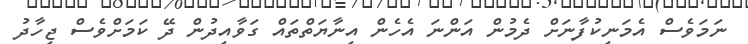
ނަމަވެސް އެމަނިކުފާނަށް ދެމުން އަންނަ އެހެން އިނާޔަތްތައް ގަވާއިދުން ދޭ ކަމަށްވެސް ޖިހާދު